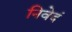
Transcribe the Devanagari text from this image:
निवेदं